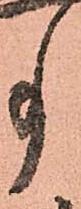
事